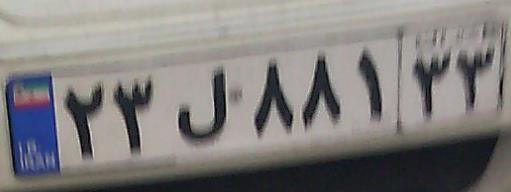
۲۳ل۸۸۱۳۳